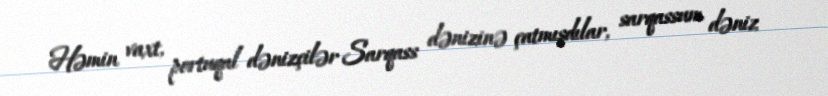
Həmin vaxt, portuqal dənizçilər Sarqass dənizinə çatmışdılar, sarqassum dəniz